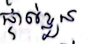
ផ្ទាល់ខ្លួន